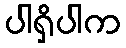
ပါရှိပါက